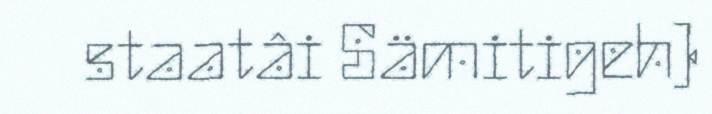
staatâi Sämitigeh)